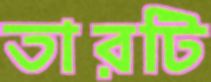
তারটি